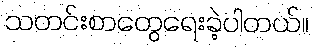
သတင်းစာတွေရေးခဲ့ပါတယ်။